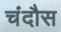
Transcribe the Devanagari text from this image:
चंदौस